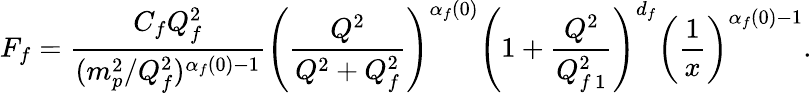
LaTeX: F_{f}=\frac{C_{f}Q_{f}^{2}}{(m_{p}^{2}/Q_{f}^{2})^{\alpha_{f}(0)-1}}\left(\frac{Q^{2}}{Q^{2}+Q_{f}^{2}}\right)^{\alpha_{f}(0)}\left(1+\frac{Q^{2}}{Q_{f\, 1}^{2}}\right)^{d_{f}}\left(\frac{1}{x}\right)^{\alpha_{f}(0)-1}.